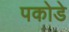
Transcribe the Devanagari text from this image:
पकोडे